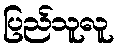
ပြည်သူလူ